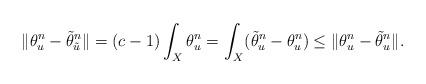
LaTeX: \begin{align*}\|\theta_u^n-\tilde{\theta}_{\tilde{u}}^n\|=(c-1)\int_X\theta_u^n=\int_X(\tilde{\theta}_{u}^n-\theta_u^n)\leq \|\theta_u^n-\tilde{\theta}_{u}^n\|.\end{align*}